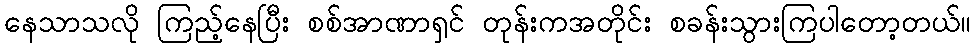
နေသာသလို ကြည့်နေပြီး စစ်အာဏာရှင် တုန်းကအတိုင်း စခန်းသွားကြပါတော့တယ်။